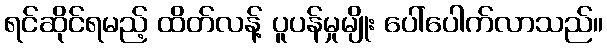
ရင်ဆိုင်ရမည့် ထိတ်လန့် ပူပန်မှုမျိုး ပေါ်ပေါက်လာသည်။